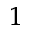
^ { 1 }